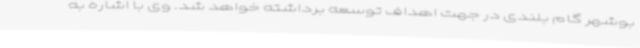
بوشهر گام بلندی در جهت اهداف توسعه برداشته خواهد شد. وی با اشاره به